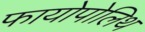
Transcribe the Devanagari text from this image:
फायोपोलिथ